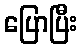
ပြောပြီး